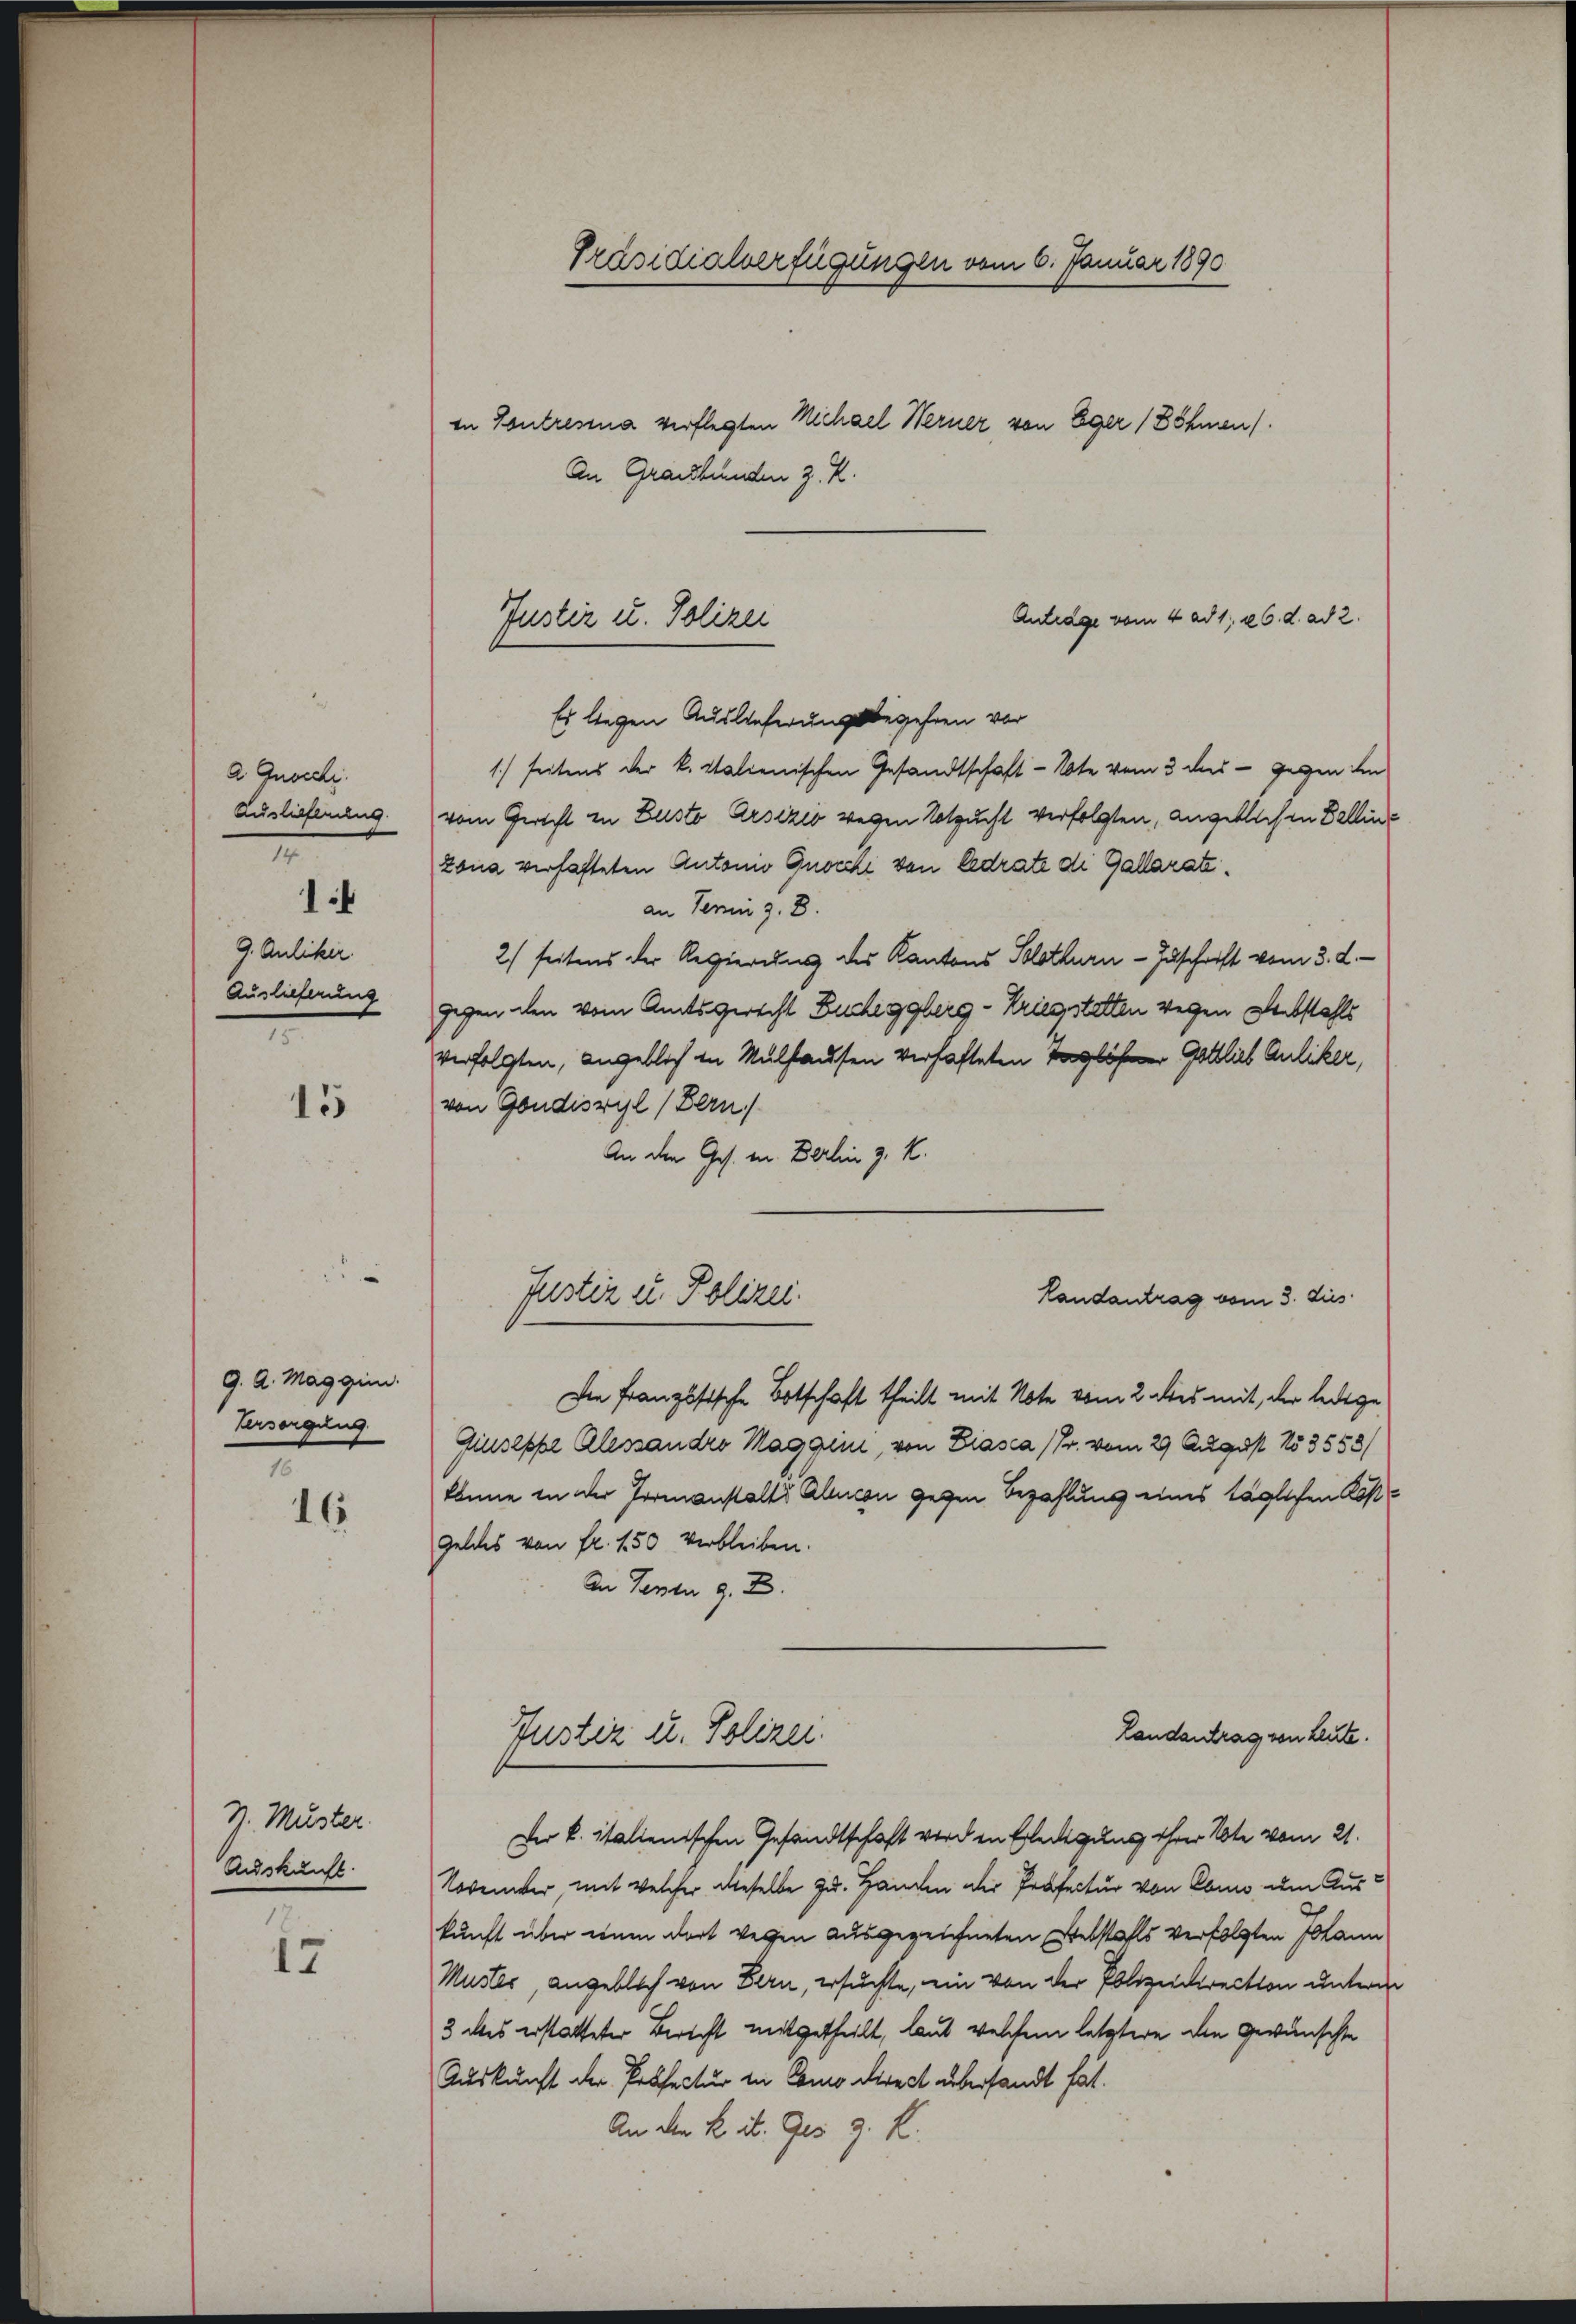
a Gnocchi.
Auslieferung.
7
9. Juliker
Auslieferung
7

1

15

9. A. Maggini.
Versorgung
n

16

N. Muster.
Auskunft.
1

17

Präsidialverfügungen vom 6. Januar 1890

An Graubünden z. R.
Es liegen Auslieferungsbegehren vor
1.) Seitens der k. Italienischen Gesandtschaft - Note vom 3 des - gegen den
vom Gericht in Zusto Arsizio wegen Notzucht verfolgten, angeblichen Delline
zona verhafteten Antoni Gnocchi von Cedrate di Gallaratian Termin z. 8.
2) seitens der Regierung des Kantons Solothurn - Zuschrift vom 3. d.
gegen den vom Amtsgericht Bucheggberg-Kriegstatten wegen Verbstahls
verfolgten, angeblich in Mulhausen verhafteten Taglöhner Gottlich Anliker,
von Gondiszyl (Bern)
An den Ges. in Berlin z. K.
Justiz u. Polizei.
Die Französische Botschaft theilt mit Note vom 2. dies mit der ledige
Giuseppe Alessandro Maggini, von Biasca (Fr. vom 29 August 183558/
könne in der Formanstalts Allucon gegen Bezahlung eines täglichen Kost¬
Geldes von fr. 150 verbleiben.
An Tanzen z. B.
Landantrag von Leute.
Justiz u. Polizei.
Der k. italienischen Gesandtschaft werden Erledigung ihrer Note vom 21.
November, mit welcher dieselbe zu. Handen der Prosectur von Eben um Auskunft über einen dort vergen ausgezeichneten Diebstahls verfolgten Johann
Muster, angeblich von Bern, ersuchte, ein von der Polizeidirection unterm
3 des erstatteter Bericht mitgetheilt, laut welchem letztere die gewünschte
Auskunft der Präfectur in Como direct übersandt hat.
An den K. it. Ges. z. R.

in Contressa verflegten Michael Werner von Eger (Böhmen).

Antrage vom 4. ad 1. 26. d. ad 2.
Justiz u. Polizei

Landantrag vom 3. dies